King Institute of Preventive Medicine Bacteriolog. Section reports 1907-08
Year: 1907
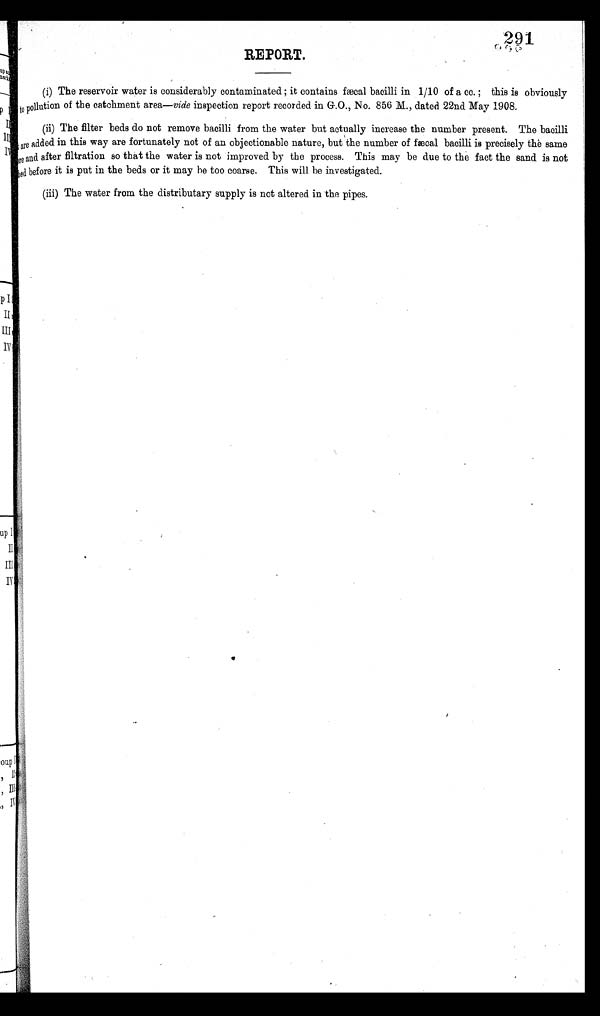
291
REPORT.
(i) The reservoir water is considerably contaminated ; it contains fæcal bacilli in 1/10 of a cc.; this is obviously
t o p o l l u t i o n o f t h e c a t c h m e n t a r e a—
v i d e
i n s p e c t i o n r e p o r t r e c o r d e d i n G . O . , N o . 8 5 6 M . , d a t e d 2 2 n d M a y 1 9 0 8 .
(ii) The filter beds do not remove bacilli from the water but actually increase the number present. The bacilli
$ $ a r e
a d d e d i n t h i s
w a y
a r e f o r t u n a t e l y n o t o f a n o b j e c t i o n a b l e n a t u r e , b u t t h e n u m b e r o f f æ c a l b a c i l l i i s p r e c i s e l y t h e s a m e
a r e a n d a f t e r f i l t r a t i o n s o t h a t t h e w a t e r i s n o t i m p r o v e d b y t h e p r o c e s s .T
h i s m a y
b e d u e t o t h e f a c t t h e s a n d i s n o t $ $
before it is put in the beds or it may he too coarse. This will be investigated.
(iii) The water from the distributary supply is not altered in the pipes.